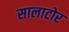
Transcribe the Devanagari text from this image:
सालाटोर